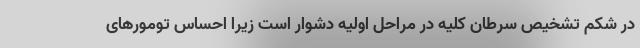
در شکم تشخیص سرطان کلیه در مراحل اولیه دشوار است زیرا احساس تومورهای